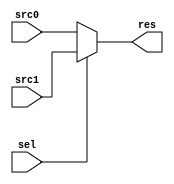

//////////////////////////////////////////////////////////////////////////////////
// Company: 
// Engineer: 
// 
// Design Name: 
// Module Name: MUX1
// Project Name: 
// Target Devices: 
// Tool Versions: 
// Description: 
// 
// Dependencies: 
// 
// Revision:
// Revision 0.01 - File Created
// Additional Comments:
// 
//////////////////////////////////////////////////////////////////////////////////


module MUX1 # (
    parameter               WIDTH                   = 32
)(
    input                   [WIDTH-1 : 0]           src0, src1,
    input                   [      0 : 0]           sel,

    output                  [WIDTH-1 : 0]           res
);

    assign res = sel ? src1 : src0;

endmodule